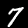
Digit: 7